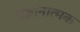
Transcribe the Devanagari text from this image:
संज्ञानात्‍मक